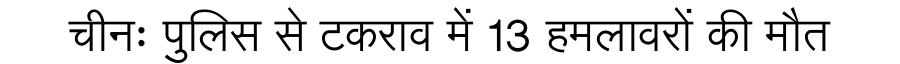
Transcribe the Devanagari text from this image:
चीनः पुलिस से टकराव में 13 हमलावरों की मौत